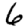
Digit: 6